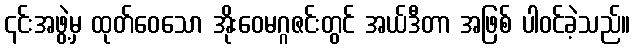
၎င်းအဖွဲ့မှ ထုတ်ဝေသော အိုးဝေမဂ္ဂဇင်းတွင် အယ်ဒီတာ အဖြစ် ပါဝင်ခဲ့သည်။